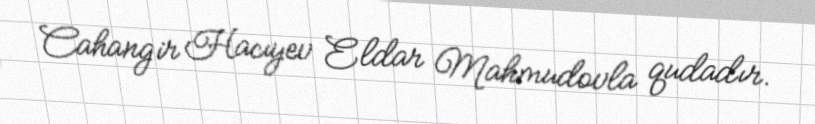
Cahangir Hacıyev Eldar Mahmudovla qudadır.